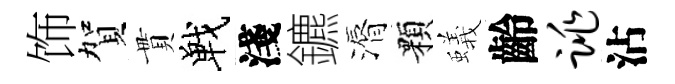
饰賀貫戰淺鑣漘顆蟻齡跳沾